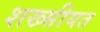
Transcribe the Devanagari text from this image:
शख्सीयत